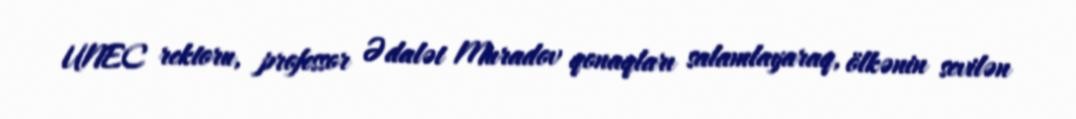
UNEC rektoru, professor Ədalət Muradov qonaqları salamlayaraq, ölkənin sevilən